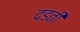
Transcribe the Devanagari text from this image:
दडती